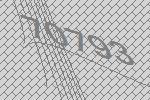
70793